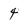
Character: 4